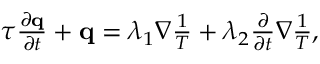
\begin{array} { r } { \tau \frac { \partial \mathbf q } { \partial t } + \mathbf q = \lambda _ { 1 } \nabla \frac { 1 } { T } + \lambda _ { 2 } \frac { \partial } { \partial t } \nabla \frac { 1 } { T } , } \end{array}